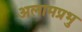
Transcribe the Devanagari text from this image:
अलामप्रभु